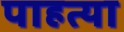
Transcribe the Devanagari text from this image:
पाहत्या